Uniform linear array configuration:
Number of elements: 48
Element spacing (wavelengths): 0.5
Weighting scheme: exponential
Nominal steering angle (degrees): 45
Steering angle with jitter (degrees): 43.728
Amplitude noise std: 0.05
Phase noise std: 0.05

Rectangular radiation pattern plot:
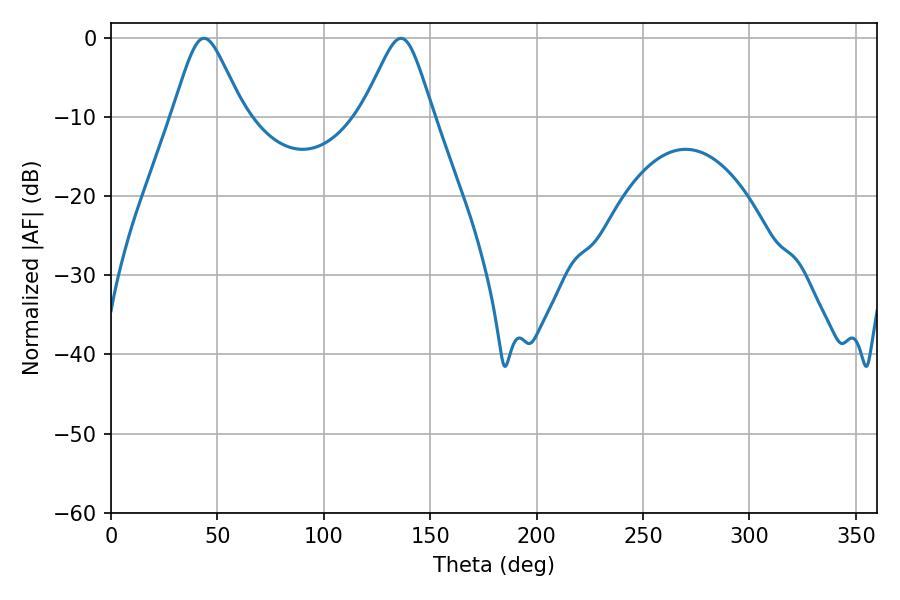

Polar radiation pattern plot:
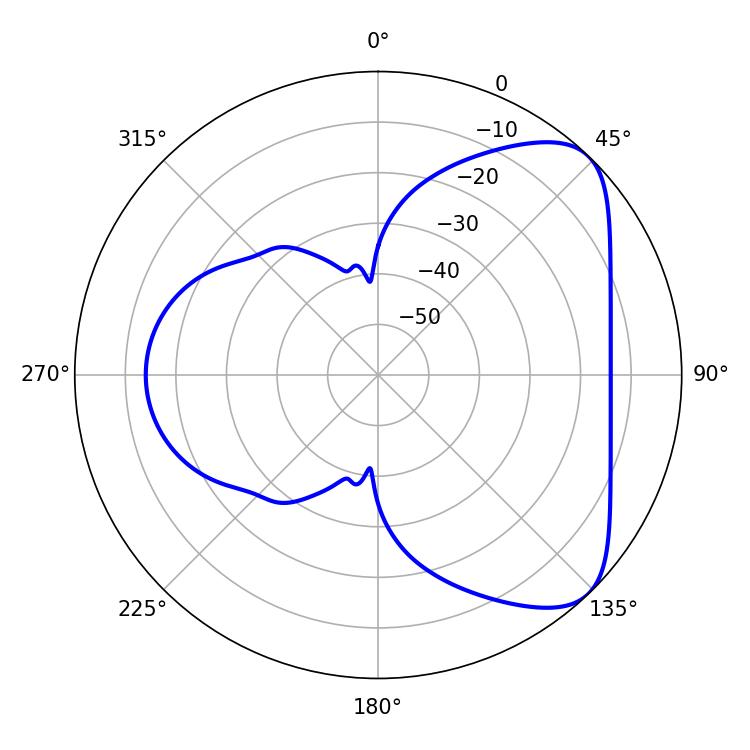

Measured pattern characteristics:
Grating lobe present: FALSE
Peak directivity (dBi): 6.224
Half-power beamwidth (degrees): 16.2
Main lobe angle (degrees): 43.74